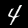
Digit: 4